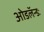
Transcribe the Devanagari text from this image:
ओडलॅन्डः